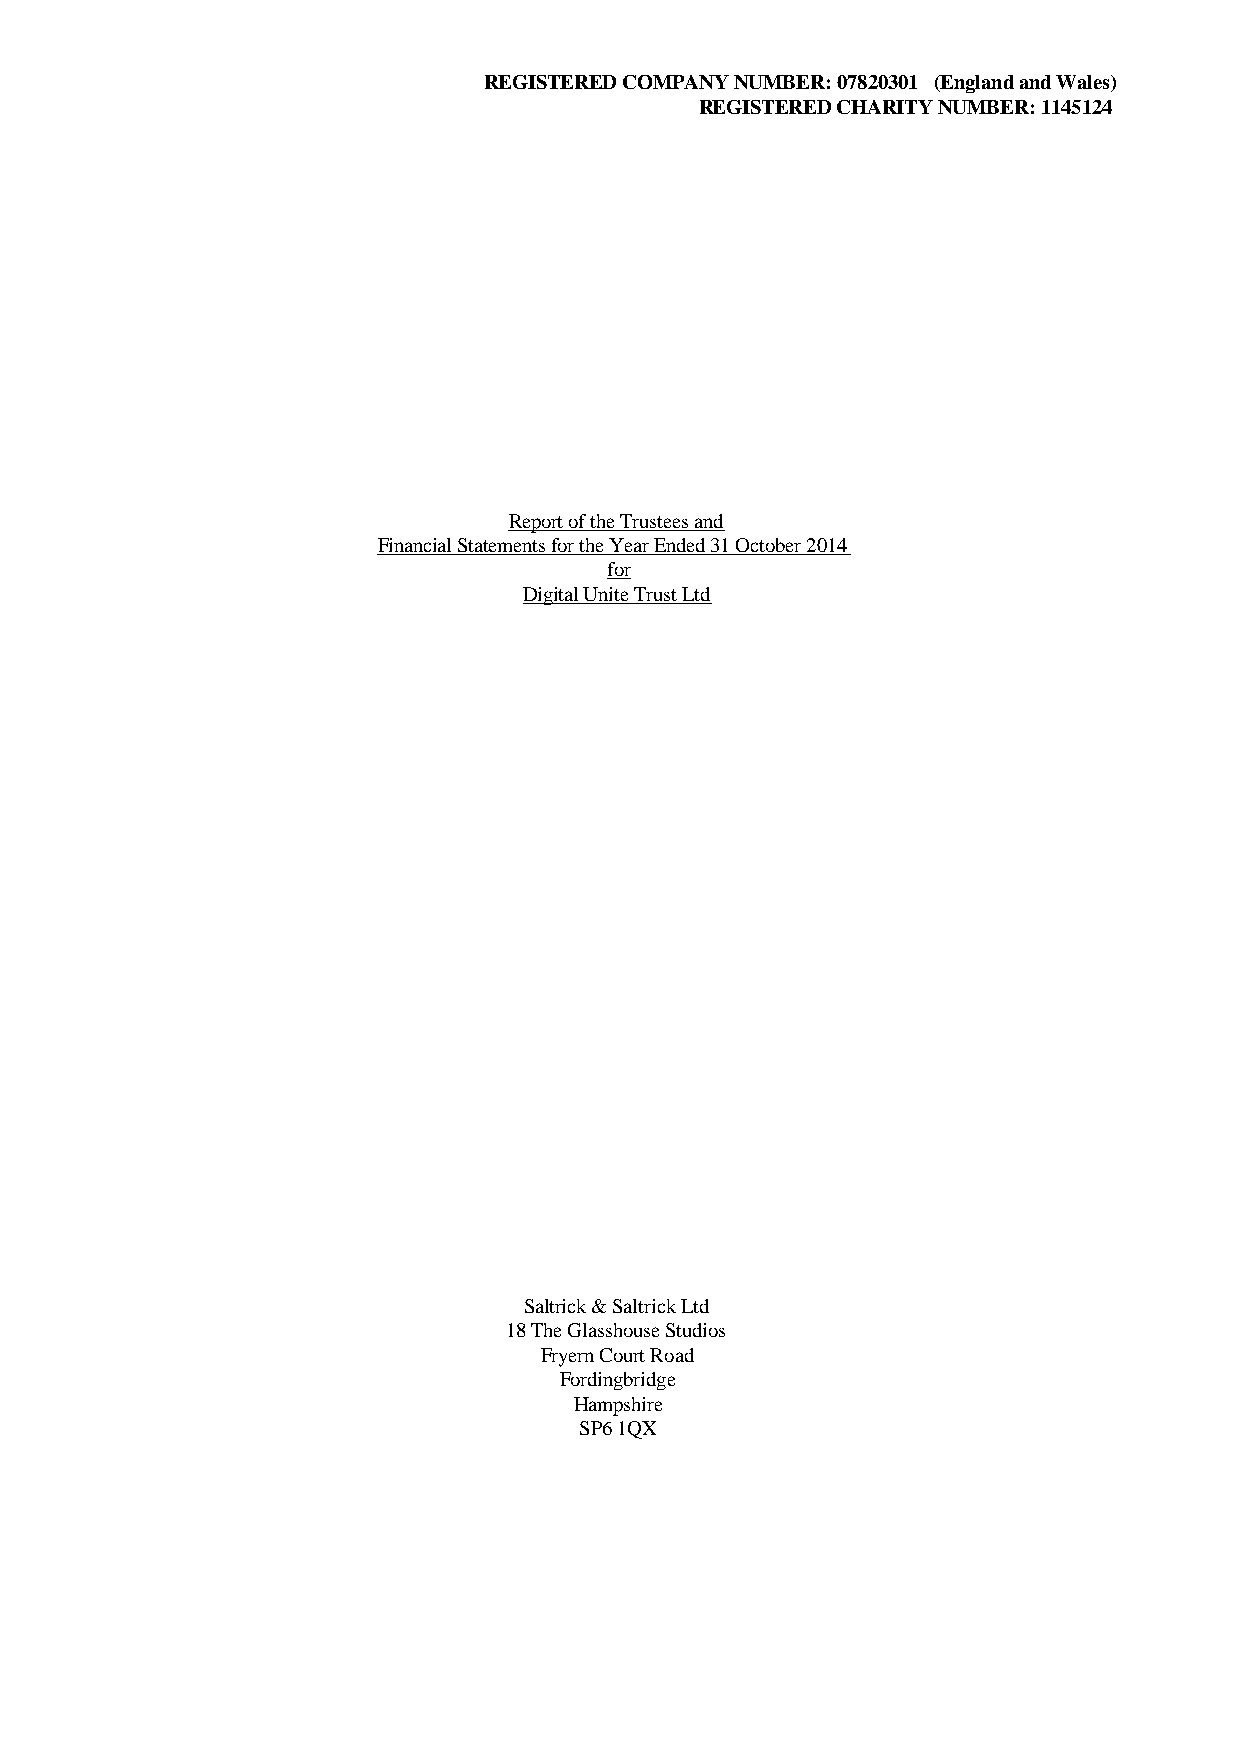
REGISTERED COMPANY NUMBER: 07820301 (England and Wales)
 REGISTERED CHARITY NUMBER: 1145124
 Report of the Trustees and
 Financial Statements for the Year Ended 31 October 2014
 for
 Digital Unite Trust Ltd
 Saltrick & Saltrick Ltd
 18 The Glasshouse Studios
 Fryern Court Road
 Fordingbridge
 Hampshire
 SP6 1QX